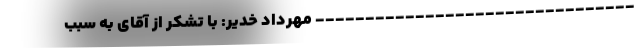
-------------------------------- مهرداد خدیر: با تشکر از آقای به سبب